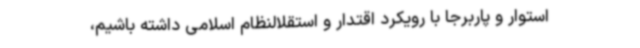
استوار و پاربرجا با رویکرد اقتدار و استقلالنظام اسلامی داشته باشیم،